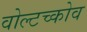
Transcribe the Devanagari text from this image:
वोल्टच्कोव